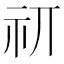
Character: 𰧮